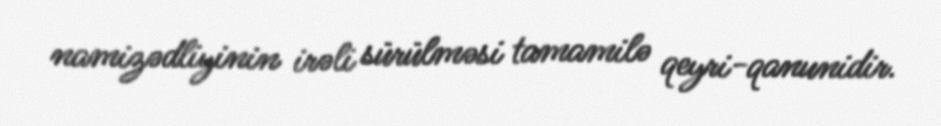
namizədliyinin irəli sürülməsi tamamilə qeyri-qanunidir.